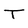
Character: T